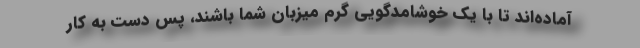
آماده‌اند تا با یک خوشامدگویی گرم میزبان شما باشند، پس دست به کار